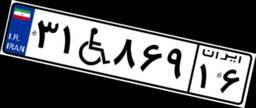
۳۱W۸۶۹۱۶